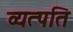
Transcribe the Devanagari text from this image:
व्यत्पति